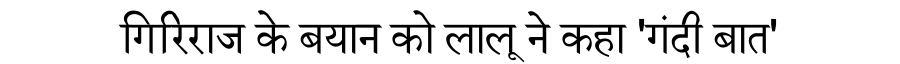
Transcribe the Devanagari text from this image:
गिरिराज के बयान को लालू ने कहा 'गंदी बात'